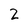
Character: 2